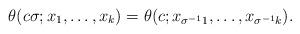
LaTeX: \begin{align*} \theta (c\sigma;x_1,\ldots,x_k) = \theta(c;x_{\sigma^{-1}1},\ldots ,x_{\sigma^{-1}k}). \end{align*}